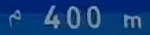
400 m